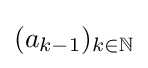
(a_{k-1})_{k\in \mathbb {N} }